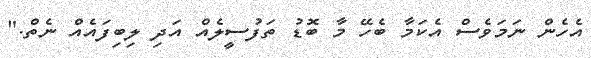
އެހެން ނަމަވެސް އެކަމާ ބެހޭ މާ ބޮޑު ތަފުސީލެއް އަދި ލިބިފައެއް ނެތް."